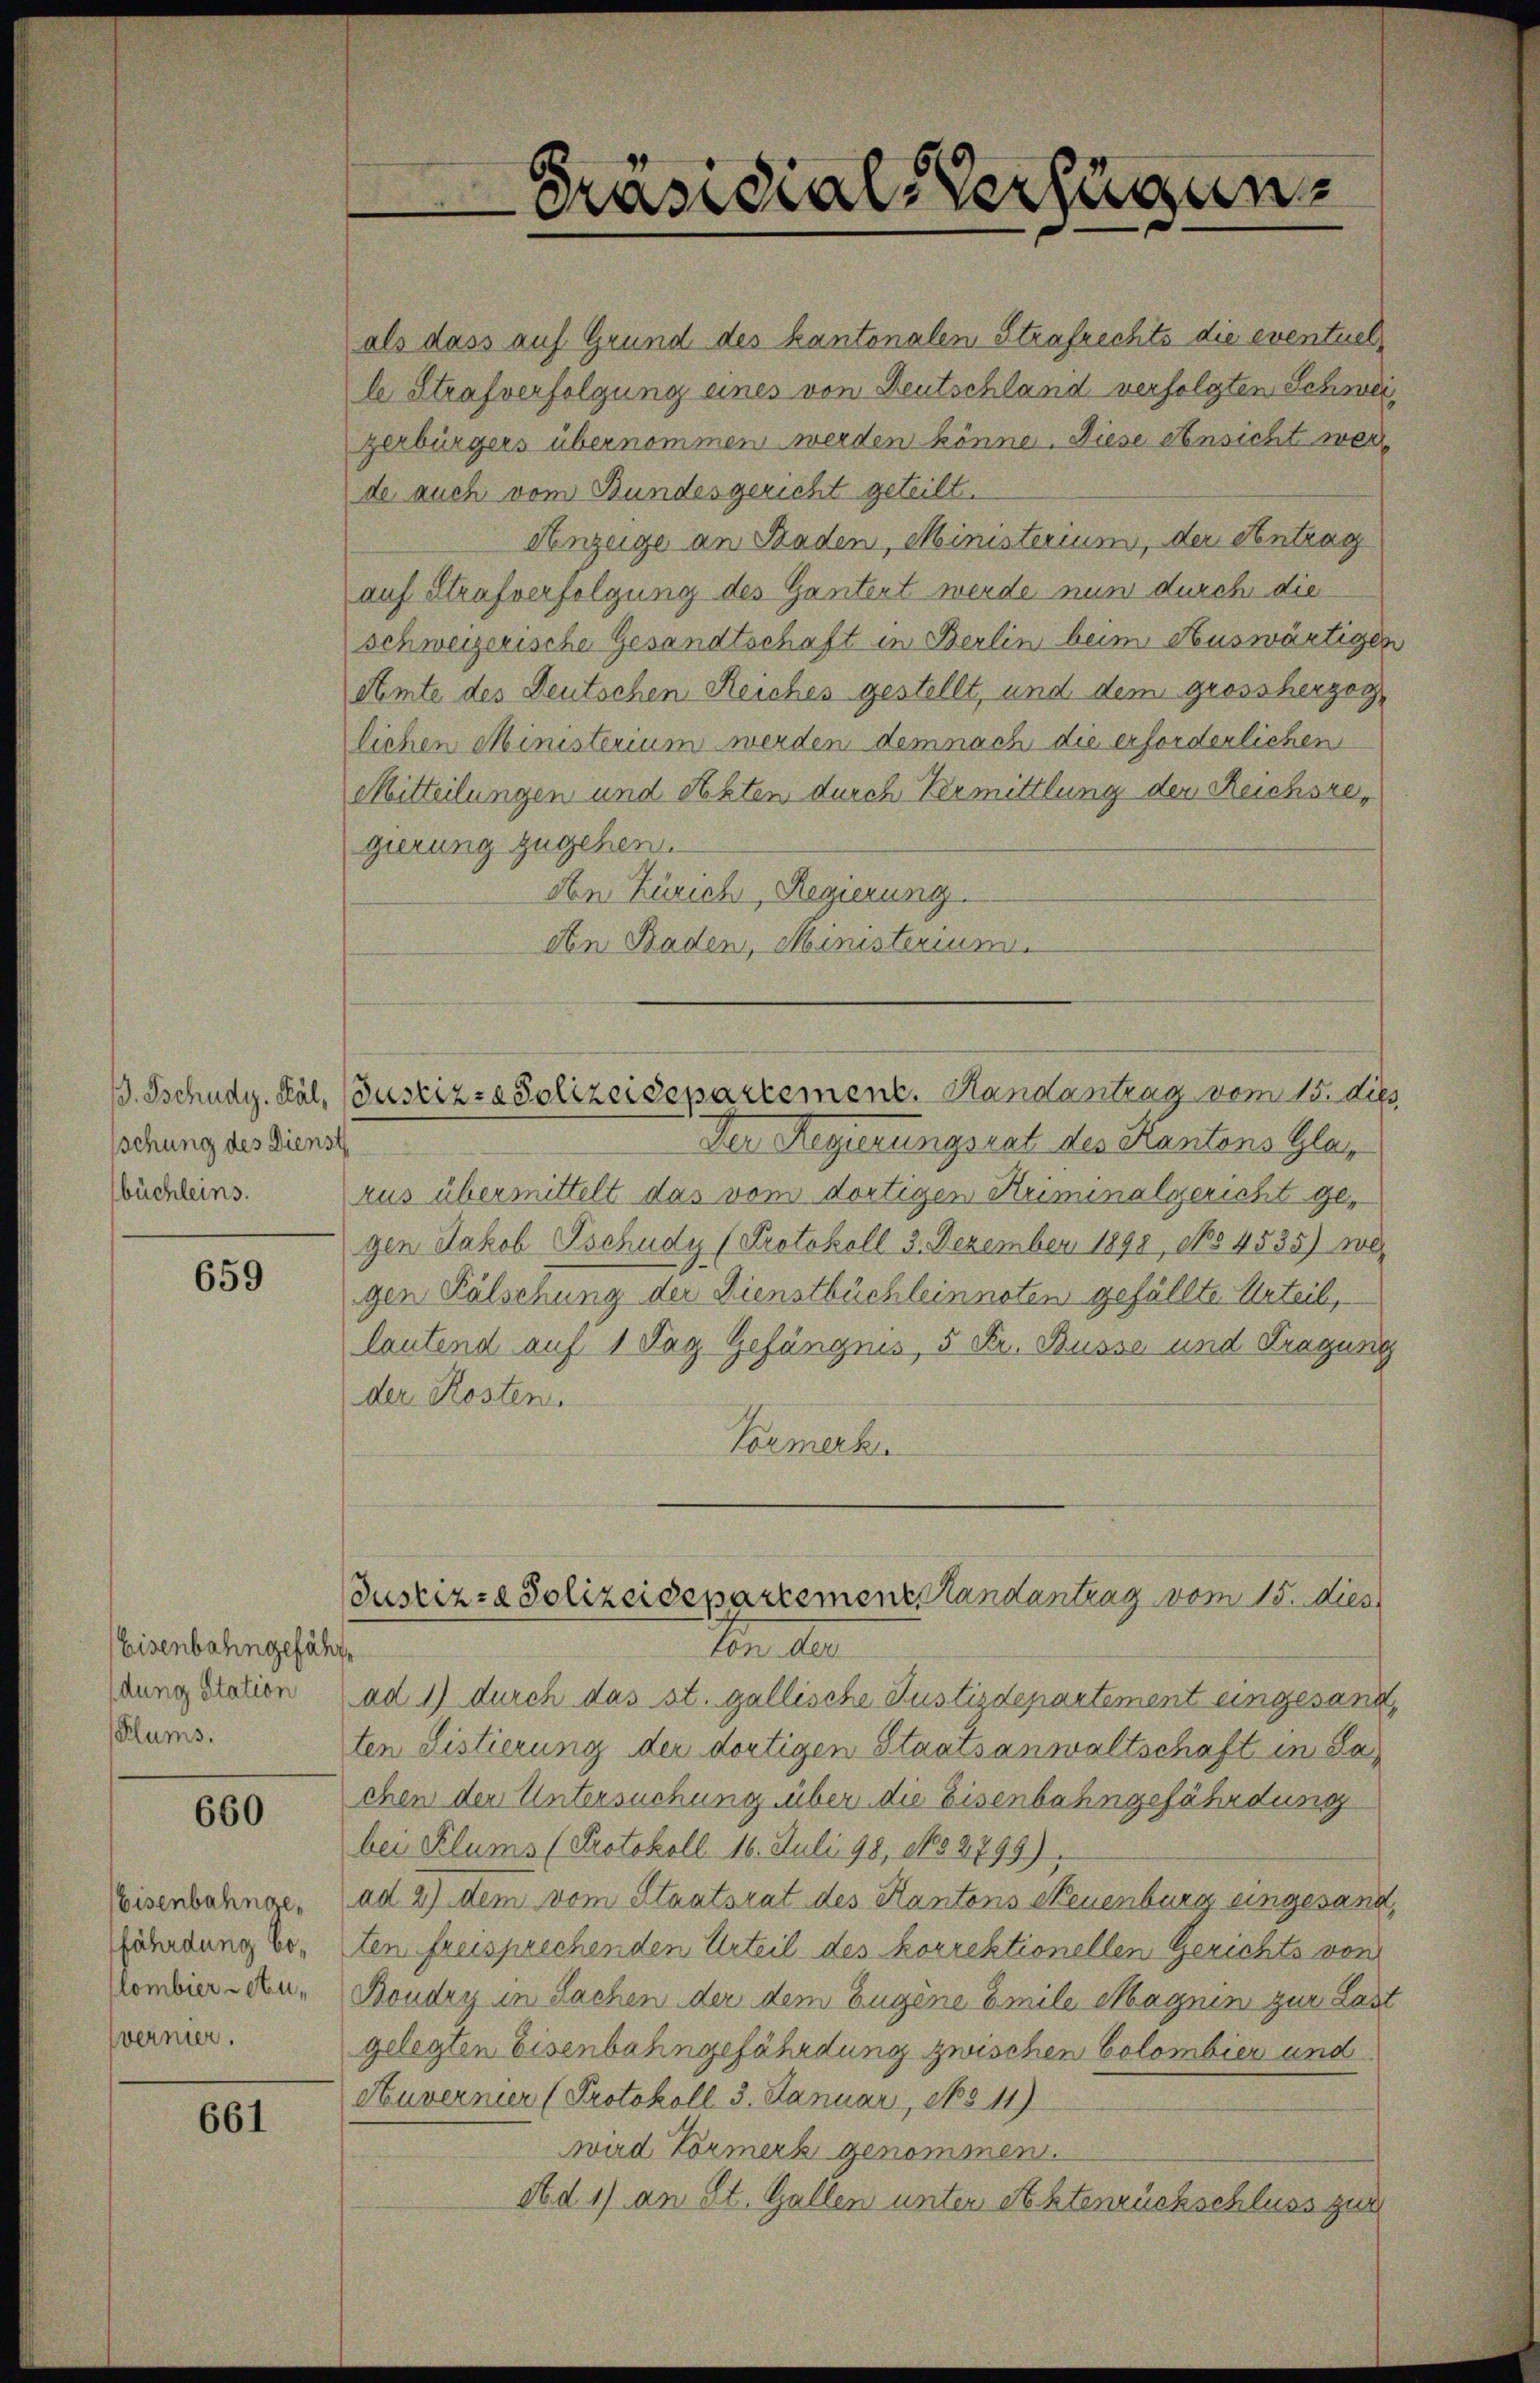
sschung des Dienst
büchleins.

659

Eisenbahngefähr¬
Klums.

660

Eisenbahngefährdung belombier Au¬
Wernier.

661

als dass auf Grund des kantonalen Strafrechts die eventuelle Strafverfolgung eines von Deutschland verfolgten Schweizerbürgers übernommen werden könne. Diese Ansicht wer
de auch vom Bundesgericht geteilt.
Anzeige an Baden, Ministerium, der Antrag
auf Strafverfolgung des Gantert werde nun durch die
schweizerische Gesandtschaft in Berlin beim Auswärtigen
Amte des Deutschen Reiches gestellt, und dem grossherzoglichen Ministerium werden demnach die erforderlichen
Mitteilungen und Akten durch Vermittlung der Reichsregierung zugehen.
von Zürich, Regierung.
den Baden, Ministerium.
Der Regierungsrat des Kantons Glarus übermittelt das vom dortigen Kriminalgericht gegen Jakob Tschudy (Protokoll 3. Dezember 1898, No 4535) we
gen Fälschung der Dienstbüchleinnoten gefällte Urteil,
lautend auf 1 Tag Gefängnis, 5 Fr. Busse und Tragung
der Kosten.
Tormerku
Justiz- & Polizeidepartement Landantrag vom 15. dies
Von der
dung Station ad 1) durch das st. gallische Justizdepartement eingesandt,
ten Listierung der dortigen Staatsanwaltschaft in Sachen den Untersuchung über die Eisenbahngefährdung
bei Klums (Protokoll 16. Juli 198, 152799)
ad 2) dem vom Staatsrat des Kantons Neuenburg eingesandten freisprechenden Urteil des korrektionellen Gerichts von
Boudry in Sachen der dem Eugene Emile Magnen zur Last
gelegten Eisenbahngefährdung zwischen Colombier und
Auvernier (Protokoll 3. Januar, 1511)
wird Vormerk genommen.
Ad 1) an St. Gallen unter Aktenrückschluss zur

Präsidial-Verfügung

. Tschudg. Käl, (Justiz- & Polizeidepartement. Handantrag vom 15. die